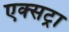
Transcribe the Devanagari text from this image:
एक्‍सट्रा